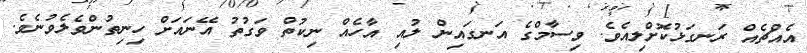
އެއްޗެއް ރަނގަޅުކޮށްލިއެވެ. ވިސާމްގެ އަނގައިން ލުއި އާހެއް ނިކުތް ވަގުތު އޭނައަށް ހިނިތުންވެލެވުނެވެ.